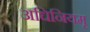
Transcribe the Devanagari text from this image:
अधिनियमृ